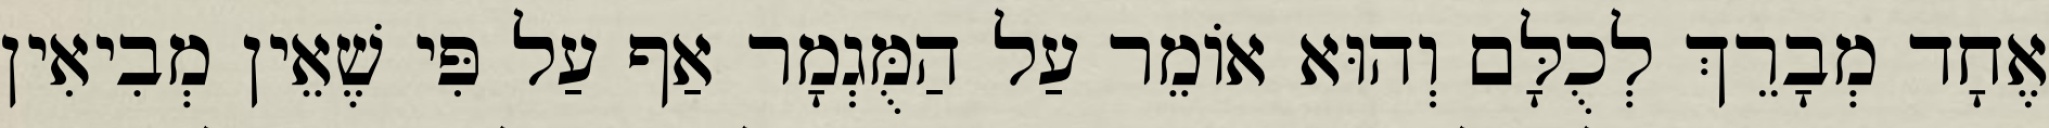
אֶחָד מְבָרֵךְ לְכֻלָּם וְהוּא אוֹמֵר עַל הַמֻּגְמָר אַף עַל פִּי שֶׁאֵין מְבִיאִין